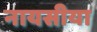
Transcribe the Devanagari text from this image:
नायसीया